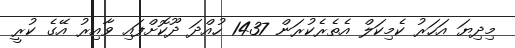
މިދިޔަ އަހަރު ކެމިކަލް އެތެރެކުރަން 1437 ހުއްދަ ދޫކޮށްފައި ވާއިރު އޭގެ ކުރީ